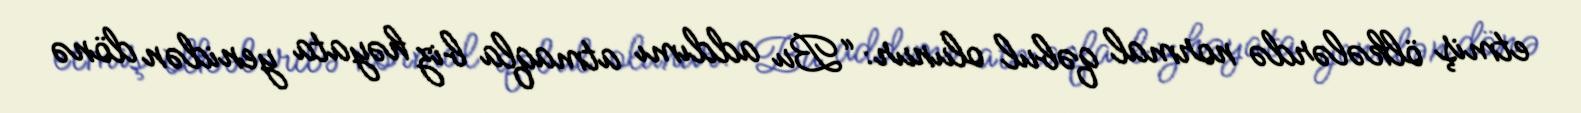
etmiş ölkələrdə normal qəbul olunur: “Bu addımı atmaqla biz həyata yenidən dönə